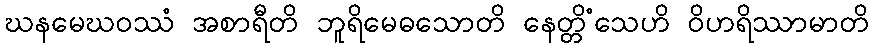
ဃနမေဃဝဿံ အစာရီတိ ဘူရိမေဓသောတိ နေတ္တိံသေဟိ ဝိဟရိဿာမာတိ